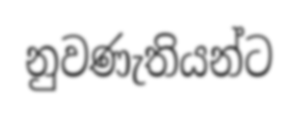
නුවණැතියන්ට